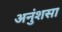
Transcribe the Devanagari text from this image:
अनुंशसा